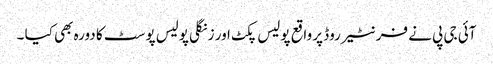
آئی جی پی نے فرنٹیر روڈ پر واقع پولیس پکٹ اور زنگلی پولیس پوسٹ کا دورہ بھی کیا ۔